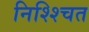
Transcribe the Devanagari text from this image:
निश्श्चित